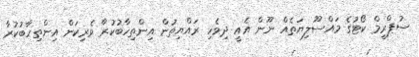
ސުޕްރީމް ކޯޓުގެ މައްސޫލިޔަތެއް ނޫން އެއީ ދިވެހި ރައްޔިތުން އިންތިހާބުކުރާ ވެރިކަން އިންތިހާބުކުރާ